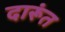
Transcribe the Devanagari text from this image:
दारूंत